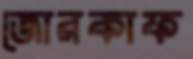
জোরকাফ